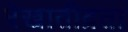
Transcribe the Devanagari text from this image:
रेखातीव्रता